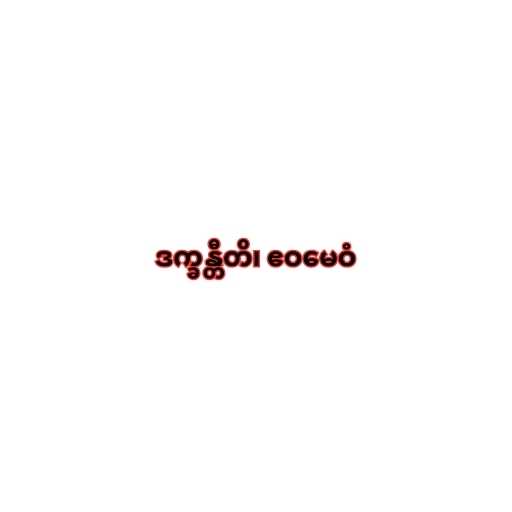
ဒက္ခန္တီတိ၊ ဧဝမေဝံ